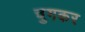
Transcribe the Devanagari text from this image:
चुगकर